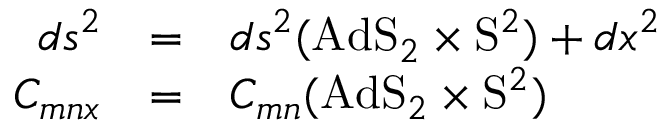
\begin{array} { r c l } { { d s ^ { 2 } } } & { { = } } & { { d s ^ { 2 } ( \mathrm { A d S } _ { 2 } \times \mathrm { S } ^ { 2 } ) + d x ^ { 2 } } } \\ { { C _ { m n x } } } & { { = } } & { { C _ { m n } ( \mathrm { A d S } _ { 2 } \times \mathrm { S } ^ { 2 } ) } } \end{array}